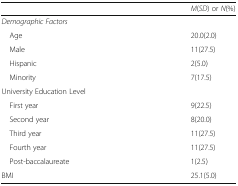
<table><thead><tr><td></td><td><b><i>M</i>(<i>SD</i>) or <i>N</i>(%)</b></td></tr></thead><tbody><tr><td colspan="2"><i>Demographic Factors</i></td></tr><tr><td> Age</td><td>20.0(2.0)</td></tr><tr><td> Male</td><td>11(27.5)</td></tr><tr><td> Hispanic</td><td>2(5.0)</td></tr><tr><td> Minority</td><td>7(17.5)</td></tr><tr><td colspan="2">University Education Level</td></tr><tr><td> First year</td><td>9(22.5)</td></tr><tr><td> Second year</td><td>8(20.0)</td></tr><tr><td> Third year</td><td>11(27.5)</td></tr><tr><td> Fourth year</td><td>11(27.5)</td></tr><tr><td> Post-baccalaureate</td><td>1(2.5)</td></tr><tr><td>BMI</td><td>25.1(5.0)</td></tr></tbody></table>